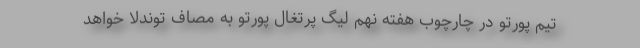
تیم پورتو در چارچوب هفته نهم لیگ پرتغال پورتو به مصاف توندلا خواهد